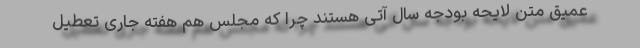
عمیق متن لایحه بودجه سال آتی هستند چرا که مجلس هم هفته جاری تعطیل